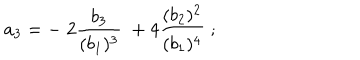
LaTeX: a _ { 3 } = - \; 2 { \frac { b _ { 3 } } { ( b _ { 1 } ) ^ { 3 } } } \; + 4 { \frac { ( b _ { 2 } ) ^ { 2 } } { ( b _ { 1 } ) ^ { 4 } } } \; ;